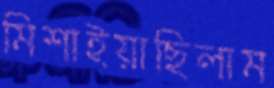
মিশাইয়াছিলাম